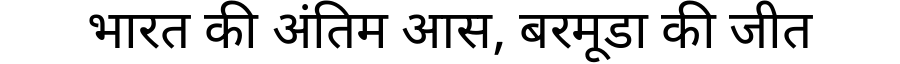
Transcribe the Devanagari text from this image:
भारत की अंतिम आस, बरमूडा की जीत